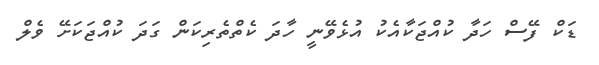
ޑަކް ފޭސް ހަދާ ކުއްޖަކާއެކު އުޅެވޭނީ ހާދަ ކެތްތެރިކަން ގަދަ ކުއްޖަކަށޭ ވެލް